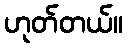
ဟုတ်တယ်။